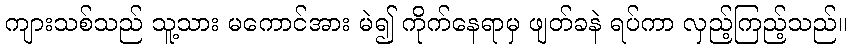
ကျားသစ်သည် သူ့သား မကောင်အား မဲ၍ ကိုက်နေရာမှ ဖျတ်ခနဲ ရပ်ကာ လှည့်ကြည့်သည်။